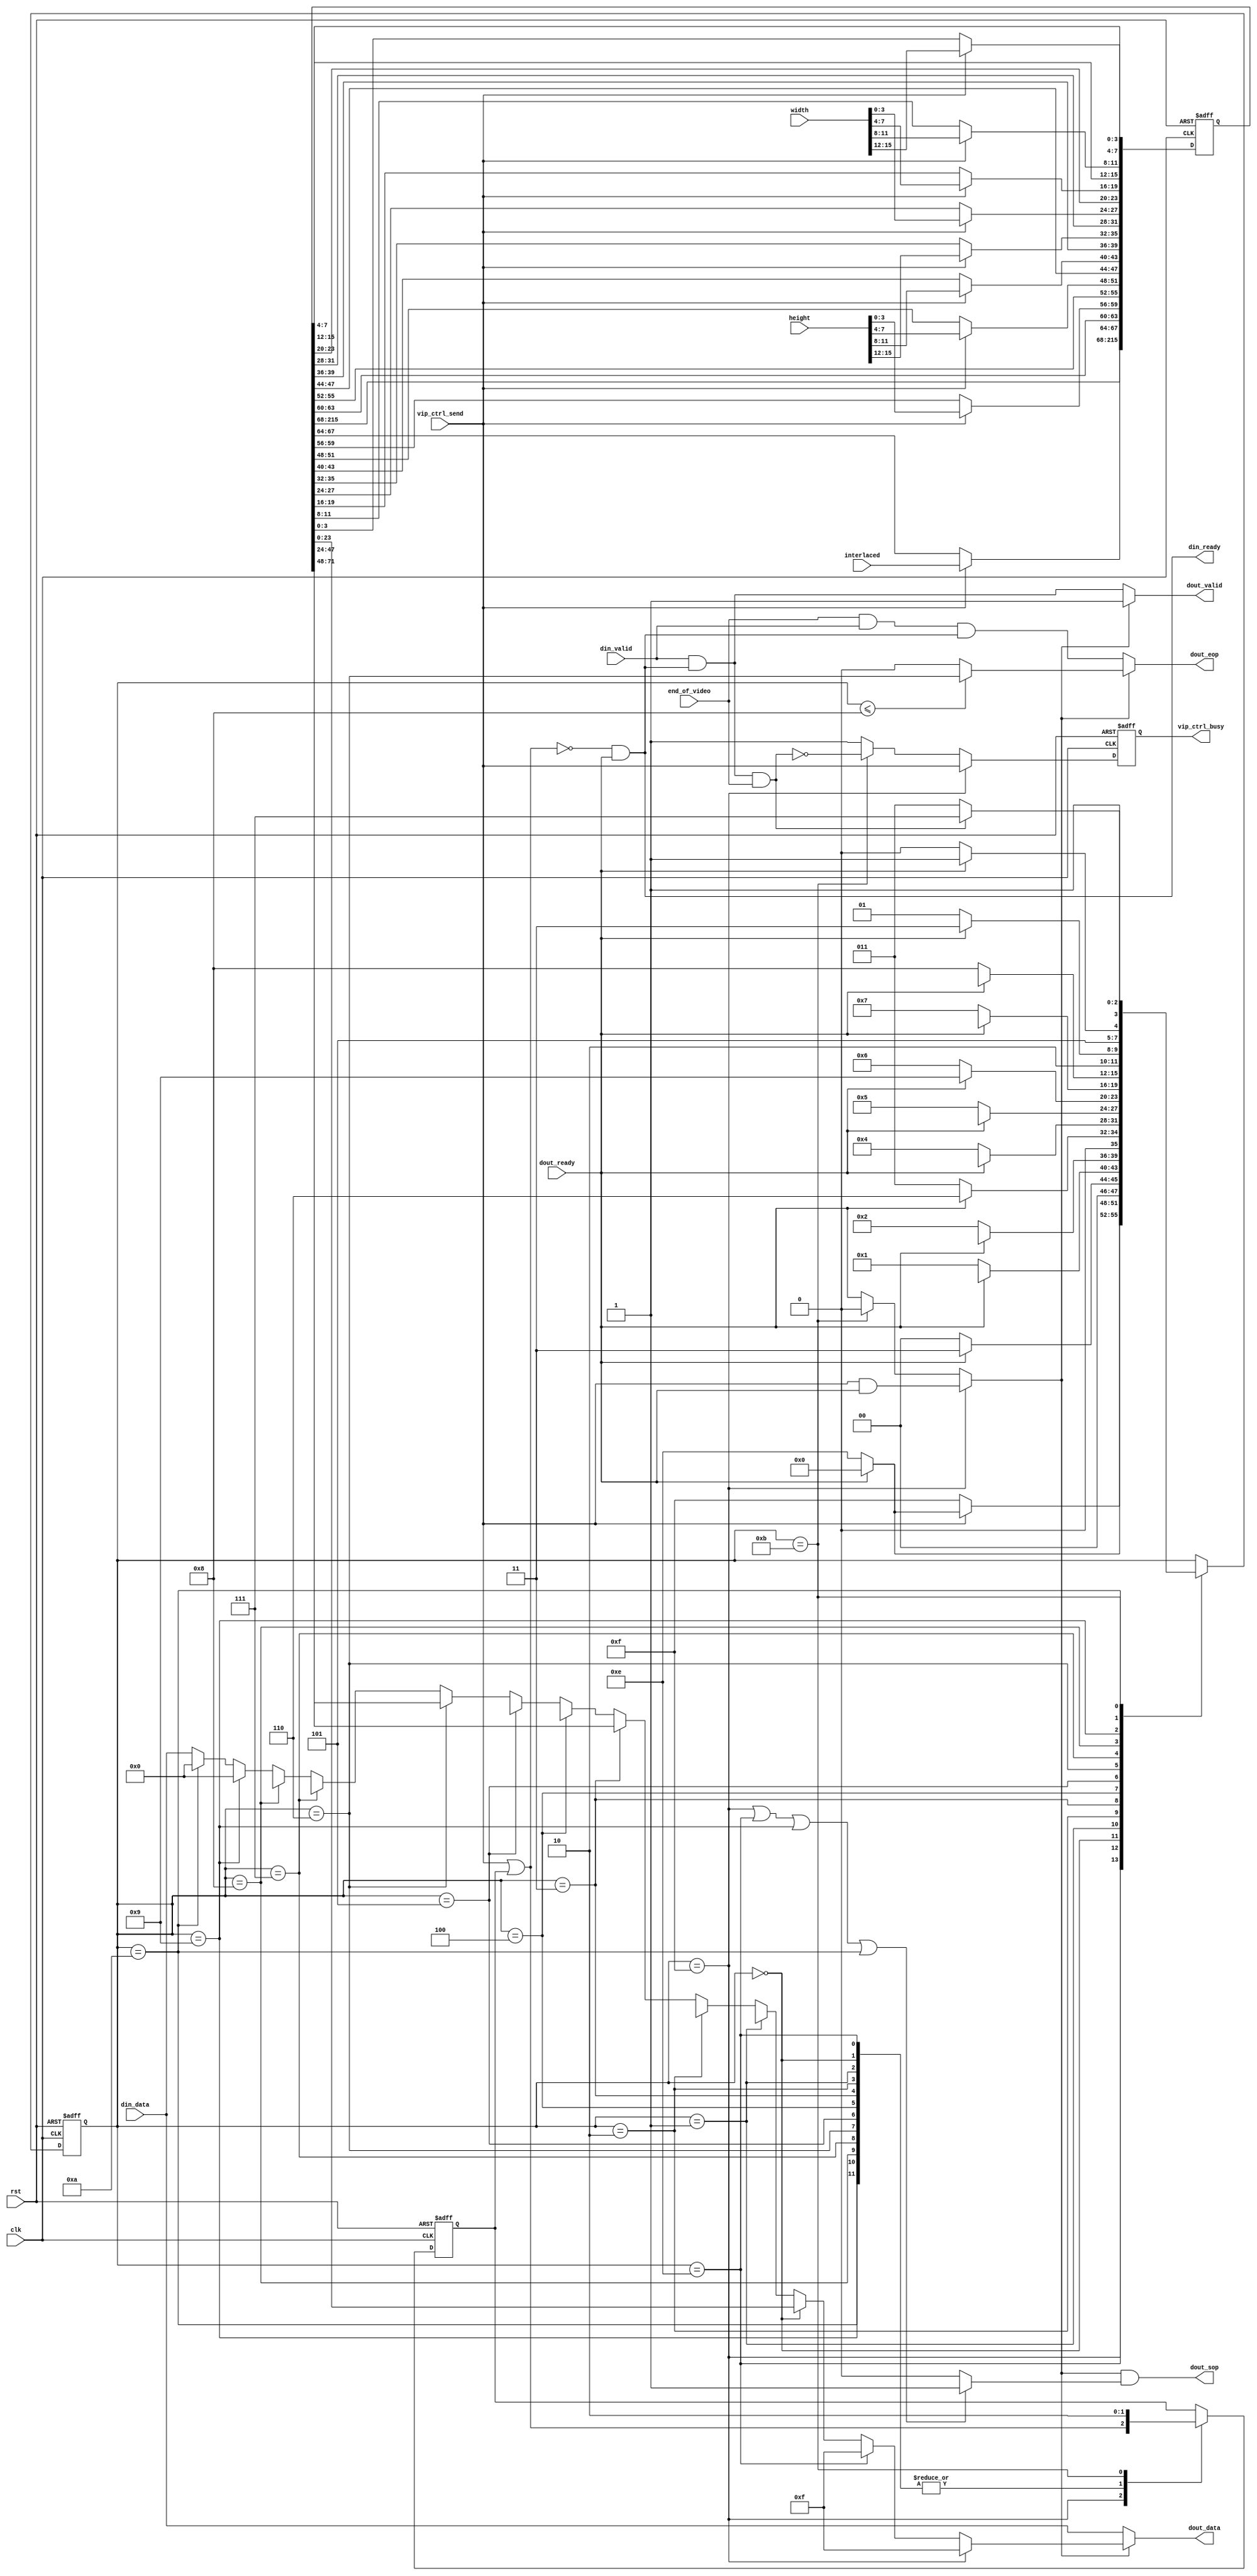
module alt_vip_common_control_packet_encoder

	#(parameter BITS_PER_SYMBOL = 8,
		parameter SYMBOLS_PER_BEAT = 3)
		
	(	input		clk,
		input		rst,
	
		// Avalon-ST sink interface (internal - from user algorithm)
		output	din_ready,
		input		din_valid,
		input		[BITS_PER_SYMBOL * SYMBOLS_PER_BEAT - 1:0] din_data, // only video data
		
		// Avalon-ST source interface (external)
		input		dout_ready,
		output	dout_valid,
		output	dout_sop,
		output	dout_eop,
		output	[BITS_PER_SYMBOL * SYMBOLS_PER_BEAT - 1:0] dout_data,
		
		// encoder control signals
		input 	end_of_video,		
		input		[15:0] width,
		input		[15:0] height,
		input		[3:0] interlaced,
		input		vip_ctrl_send,
	 	output  reg vip_ctrl_busy);
		
// FSM states
localparam [3:0] IDLE            = 4'd15;
localparam [3:0] WAITING         = 4'd14;
localparam [3:0] WIDTH_3         = 4'd0;
localparam [3:0] WIDTH_2         = 4'd1;
localparam [3:0] WIDTH_1         = 4'd2;
localparam [3:0] WIDTH_0         = 4'd3;
localparam [3:0] HEIGHT_3        = 4'd4;
localparam [3:0] HEIGHT_2        = 4'd5;
localparam [3:0] HEIGHT_1        = 4'd6;
localparam [3:0] HEIGHT_0        = 4'd7;
localparam [3:0] INTERLACING     = 4'd8;
localparam [3:0] DUMMY_STATE     = 4'd9;
localparam [3:0] DUMMY_STATE2    = 4'd10;
localparam [3:0] WAIT_FOR_END    = 4'd11;

localparam PACKET_LENGTH = 10;

// internal signals
reg [3:0] state;

wire sop;
wire eop;
wire [BITS_PER_SYMBOL * SYMBOLS_PER_BEAT - 1:0] data;
//reg control_valid;
wire control_valid;

reg end_of_video_valid;

reg write_control;

reg [BITS_PER_SYMBOL * SYMBOLS_PER_BEAT * (PACKET_LENGTH - 1) - 1 : 0] control_data;
wire [3:0] control_header_state [PACKET_LENGTH - 2: 0];
wire [BITS_PER_SYMBOL * SYMBOLS_PER_BEAT - 1:0] control_header_data [(PACKET_LENGTH-2) : 0];

// register control data when vip_ctrl_send is high
always @(posedge clk or posedge rst)
	if (rst) begin
		control_data <= {(BITS_PER_SYMBOL * SYMBOLS_PER_BEAT * (PACKET_LENGTH - 1)){1'b0}};
	end
	else if (vip_ctrl_send) begin
		control_data [3: 0] <= width [15:12]; // w3
		control_data [BITS_PER_SYMBOL + 3: BITS_PER_SYMBOL] <= width [11:8]; // w2
		control_data [2 * BITS_PER_SYMBOL + 3: 2 * BITS_PER_SYMBOL] <= width [7:4]; // w1
		control_data [3 * BITS_PER_SYMBOL + 3: 3 * BITS_PER_SYMBOL] <= width [3:0]; // w0
		control_data [4 * BITS_PER_SYMBOL + 3: 4 * BITS_PER_SYMBOL] <= height[15:12]; // h3
		control_data [5 * BITS_PER_SYMBOL + 3: 5 * BITS_PER_SYMBOL] <= height [11:8]; // h2
		control_data [6 * BITS_PER_SYMBOL + 3: 6 * BITS_PER_SYMBOL] <= height [7:4]; // h1
		control_data [7 * BITS_PER_SYMBOL + 3: 7 * BITS_PER_SYMBOL] <= height [3:0]; // h0
		control_data [8 * BITS_PER_SYMBOL + 3: 8 * BITS_PER_SYMBOL] <= interlaced; // int
	end	

generate
	begin : generate_control_header
  	genvar symbol;
    for(symbol = 0; symbol < PACKET_LENGTH - 1; symbol = symbol + SYMBOLS_PER_BEAT) begin : control_header_states
			assign control_header_state [symbol] = symbol + SYMBOLS_PER_BEAT;
			assign control_header_data [symbol] = control_data [((symbol + SYMBOLS_PER_BEAT) * BITS_PER_SYMBOL - 1) : (symbol * BITS_PER_SYMBOL)];
		end
	end
endgenerate

// Finite State Machine to insert encoded VIP control packets into data stream
always @(posedge clk or posedge rst)
	if (rst) begin
		state <= IDLE;
		end_of_video_valid <= 1'b0;
		write_control <= 1'b1;
		vip_ctrl_busy <= 1'b0;
	end
	else begin
		end_of_video_valid <= din_valid & din_ready & end_of_video;
		vip_ctrl_busy <= (state == IDLE) ? vip_ctrl_send :	(state == WAIT_FOR_END) ? ~(din_valid & din_ready & end_of_video) : 1'b1;
		case (state)
			
			IDLE :	begin // wait for vip_ctrl_send
				state <= vip_ctrl_send ? (~dout_ready) ? WAITING : WIDTH_3 : IDLE;
				write_control <= vip_ctrl_send | write_control;
			end
			
			WAITING :	begin // wait for current video frame to finish
				state 			<= (dout_ready) ? WIDTH_3 : WAITING;
				write_control <= 1'b1;
			end
			
			WIDTH_3				: begin 
				state				<= dout_ready ? control_header_state [0] : WIDTH_3;
				write_control <= 1'b1;
			end
			
			WIDTH_2				: begin 
				state				<= dout_ready ? control_header_state [1] : WIDTH_2;
				write_control <= 1'b1;
			end
			
			WIDTH_1				: begin 
				state				<= dout_ready ? control_header_state [2] : WIDTH_1;
				write_control <= 1'b1;
			end
			
			WIDTH_0				: begin 
				state				<= dout_ready ? control_header_state [3] : WIDTH_0;
				write_control <= 1'b1;
			end
			
			HEIGHT_3			: begin 
				state				<= dout_ready ? control_header_state [4] : HEIGHT_3;
				write_control <= 1'b1;
			end
			
			HEIGHT_2			: begin 
				state				<= dout_ready ? control_header_state [5] : HEIGHT_2;
				write_control <= 1'b1;
			end
			
			HEIGHT_1			: begin 
				state				<= dout_ready ? control_header_state [6] : HEIGHT_1;
				write_control <= 1'b1;
			end
			
			HEIGHT_0			: begin 
				state				<= dout_ready ? control_header_state [7] : HEIGHT_0;
				write_control <= 1'b1;
			end
			
			INTERLACING		: begin 
				state				<= dout_ready ? control_header_state [8] : INTERLACING;
				write_control <= 1'b1;
			end
			
			DUMMY_STATE		: begin 
				state 			<= dout_ready ? WAIT_FOR_END : DUMMY_STATE;
				write_control <= 1'b1;
			end
			
			DUMMY_STATE2	: begin 
				state 			<= dout_ready ? WAIT_FOR_END : DUMMY_STATE2;
				write_control <= 1'b1;
			end
			
			WAIT_FOR_END	: begin // wait for current video packet to end before accepting another vip_ctrl_send
				state <= (din_valid & din_ready & end_of_video) ? IDLE : WAIT_FOR_END;
				write_control <= 1'b0;
			end
		endcase
	end	
	
assign control_valid = (state == IDLE) ? (vip_ctrl_send & dout_ready) :
											 (state == WAIT_FOR_END) ? 1'b0 : dout_ready;
assign data = (state == IDLE) ? {{(BITS_PER_SYMBOL * SYMBOLS_PER_BEAT - 4) {1'b0}}, 4'hf} :
							(state == WAITING) ? {{(BITS_PER_SYMBOL * SYMBOLS_PER_BEAT - 4) {1'b0}}, 4'hf} :
							(state == WIDTH_3) ? control_header_data [0] :
							(state == WIDTH_2) ? control_header_data [1] :
							(state == WIDTH_1) ? control_header_data [2] :
							(state == WIDTH_0) ? control_header_data [3] :
							(state == HEIGHT_3) ? control_header_data [4] :
							(state == HEIGHT_2) ? control_header_data [5] :
							(state == HEIGHT_1) ? control_header_data [6] :
							(state == HEIGHT_0) ? control_header_data [7] :
							(state == INTERLACING) ? control_header_data [8] :
							(state == DUMMY_STATE) ? {{(BITS_PER_SYMBOL * SYMBOLS_PER_BEAT - 4) {1'b0}}, 4'h0} :
							(state == DUMMY_STATE2) ? {{(BITS_PER_SYMBOL * SYMBOLS_PER_BEAT - 4) {1'b0}}, 4'h0} : din_data;
assign sop = ((state == IDLE) || (state == WAITING) || (state == DUMMY_STATE) || (state == DUMMY_STATE2)) ? 1'b1 : 1'b0;
assign eop = (state <= INTERLACING) ? (state == ((PACKET_LENGTH-2)/SYMBOLS_PER_BEAT * SYMBOLS_PER_BEAT)) : 1'b0;						
				
// combinatorial assignments of Avalon-ST signals	
assign din_ready = ~(vip_ctrl_send | write_control) & dout_ready;
assign dout_valid = control_valid ? 1'b1 : din_valid & din_ready;
assign dout_data = control_valid ? data : din_data;
assign dout_sop = control_valid & sop;
assign dout_eop = control_valid ? eop : end_of_video & din_valid & din_ready;
	
endmodule